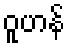
ဝူဟန်